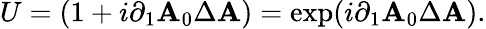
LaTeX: U=(1+i\partial_{1}\mathbf{A}_{0}\Delta\mathbf{A})=\exp(i\partial_{1}\mathbf{A}_{0}\Delta\mathbf{A}).